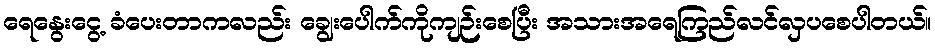
ရေနွေးငွေ့ ခံပေးတာကလည်း ချွေးပေါက်ကိုကျဉ်းစေပြီး အသားအရေကြည်လင်လှပစေပါတယ်။